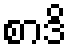
စာဒိ